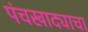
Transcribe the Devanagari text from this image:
पंचखाद्याचा